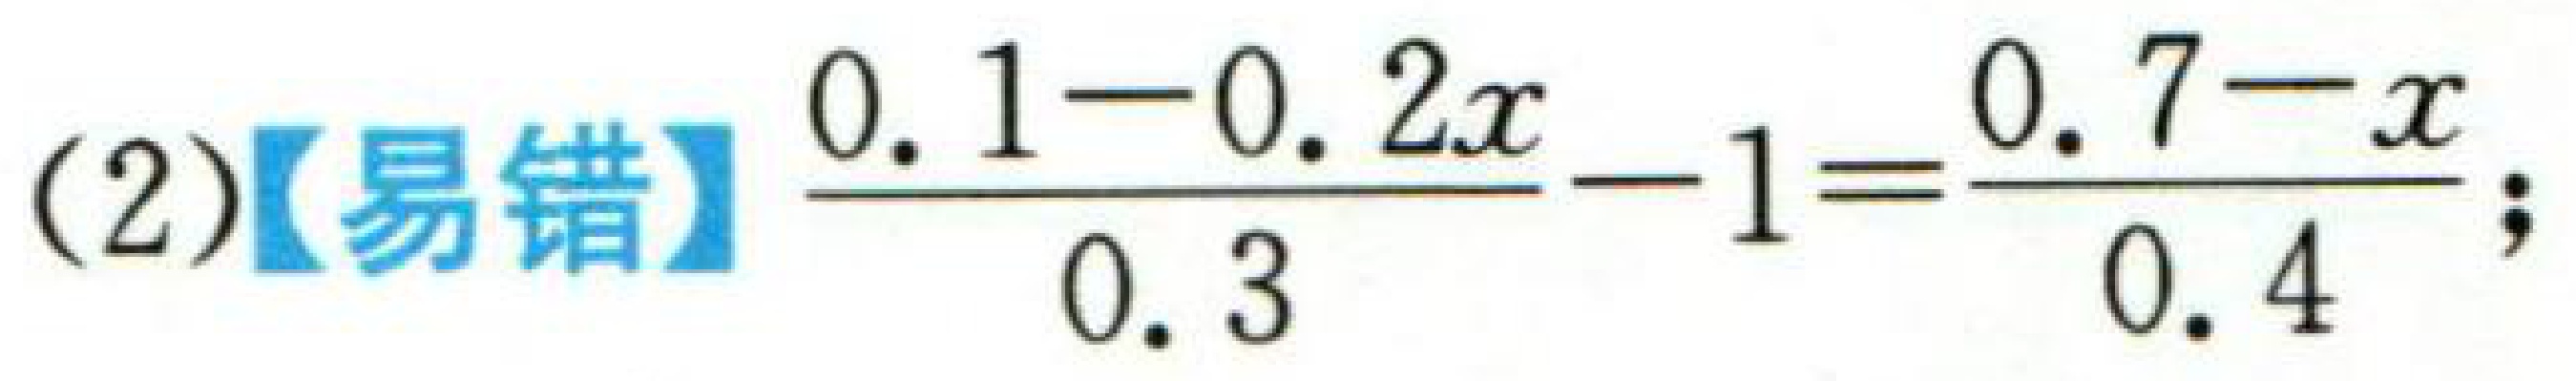
(2)【易错】$\dfrac{0.1 - 0.2x}{0.3}-1=\dfrac{0.7 - x}{0.4}$;